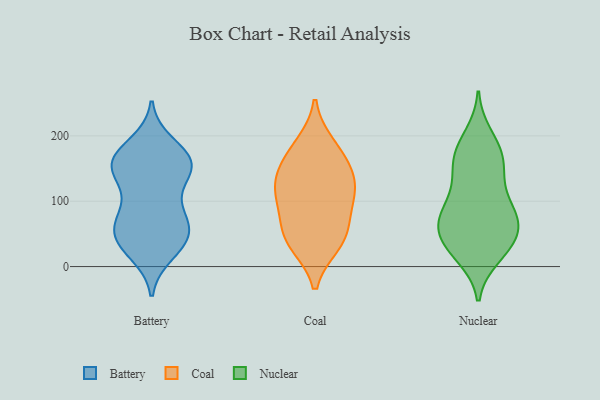
{"axis": {"x": "Satisfaction Score", "y": "Value"}, "legend": ["Battery", "Coal", "Nuclear"], "data": [{"x": "", "y": 187, "type": "Battery"}, {"x": "", "y": 21, "type": "Battery"}, {"x": "", "y": 158, "type": "Battery"}, {"x": "", "y": 175, "type": "Battery"}, {"x": "", "y": 156, "type": "Battery"}, {"x": "", "y": 72, "type": "Battery"}, {"x": "", "y": 158, "type": "Battery"}, {"x": "", "y": 89, "type": "Battery"}, {"x": "", "y": 32, "type": "Battery"}, {"x": "", "y": 68, "type": "Battery"}, {"x": "", "y": 47, "type": "Battery"}, {"x": "", "y": 153, "type": "Battery"}, {"x": "", "y": 55, "type": "Battery"}, {"x": "", "y": 35, "type": "Battery"}, {"x": "", "y": 118, "type": "Battery"}, {"x": "", "y": 142, "type": "Battery"}, {"x": "", "y": 41, "type": "Battery"}, {"x": "", "y": 73, "type": "Battery"}, {"x": "", "y": 156, "type": "Battery"}, {"x": "", "y": 159, "type": "Battery"}, {"x": "", "y": 145, "type": "Coal"}, {"x": "", "y": 115, "type": "Coal"}, {"x": "", "y": 109, "type": "Coal"}, {"x": "", "y": 172, "type": "Coal"}, {"x": "", "y": 70, "type": "Coal"}, {"x": "", "y": 108, "type": "Coal"}, {"x": "", "y": 35, "type": "Coal"}, {"x": "", "y": 38, "type": "Coal"}, {"x": "", "y": 50, "type": "Coal"}, {"x": "", "y": 141, "type": "Coal"}, {"x": "", "y": 186, "type": "Coal"}, {"x": "", "y": 55, "type": "Nuclear"}, {"x": "", "y": 71, "type": "Nuclear"}, {"x": "", "y": 133, "type": "Nuclear"}, {"x": "", "y": 72, "type": "Nuclear"}, {"x": "", "y": 148, "type": "Nuclear"}, {"x": "", "y": 83, "type": "Nuclear"}, {"x": "", "y": 35, "type": "Nuclear"}, {"x": "", "y": 89, "type": "Nuclear"}, {"x": "", "y": 21, "type": "Nuclear"}, {"x": "", "y": 180, "type": "Nuclear"}, {"x": "", "y": 178, "type": "Nuclear"}, {"x": "", "y": 149, "type": "Nuclear"}, {"x": "", "y": 200, "type": "Nuclear"}, {"x": "", "y": 31, "type": "Nuclear"}, {"x": "", "y": 166, "type": "Nuclear"}, {"x": "", "y": 39, "type": "Nuclear"}, {"x": "", "y": 58, "type": "Nuclear"}, {"x": "", "y": 16, "type": "Nuclear"}, {"x": "", "y": 101, "type": "Nuclear"}, {"x": "", "y": 78, "type": "Nuclear"}]}